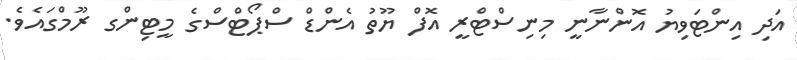
އަދި އިންޓަވިޔު އޮންނާނީ މިނިސްޓްރީ އޮފް ޔޫތު އެންޑް ސްޕޯޓްސްގެ މީޓިންގ ރޫމްގައެވެ.